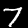
Digit: 7